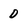
Character: D